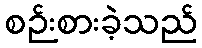
စဉ်းစားခဲ့သည်